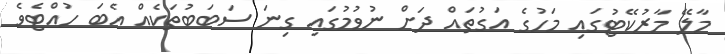
މާލޭ މާރުކޭޓުގައި މަހުގެ އަގުތައް ދަށް ނުވުމުގައި ގިނަ ސަބަބުތަކެއް އެބަ ހުއްޓެވެ